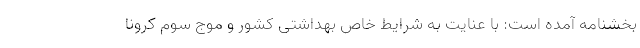
بخشنامه آمده است: با عنایت به شرایط خاص بهداشتی کشور و موج سوم کرونا